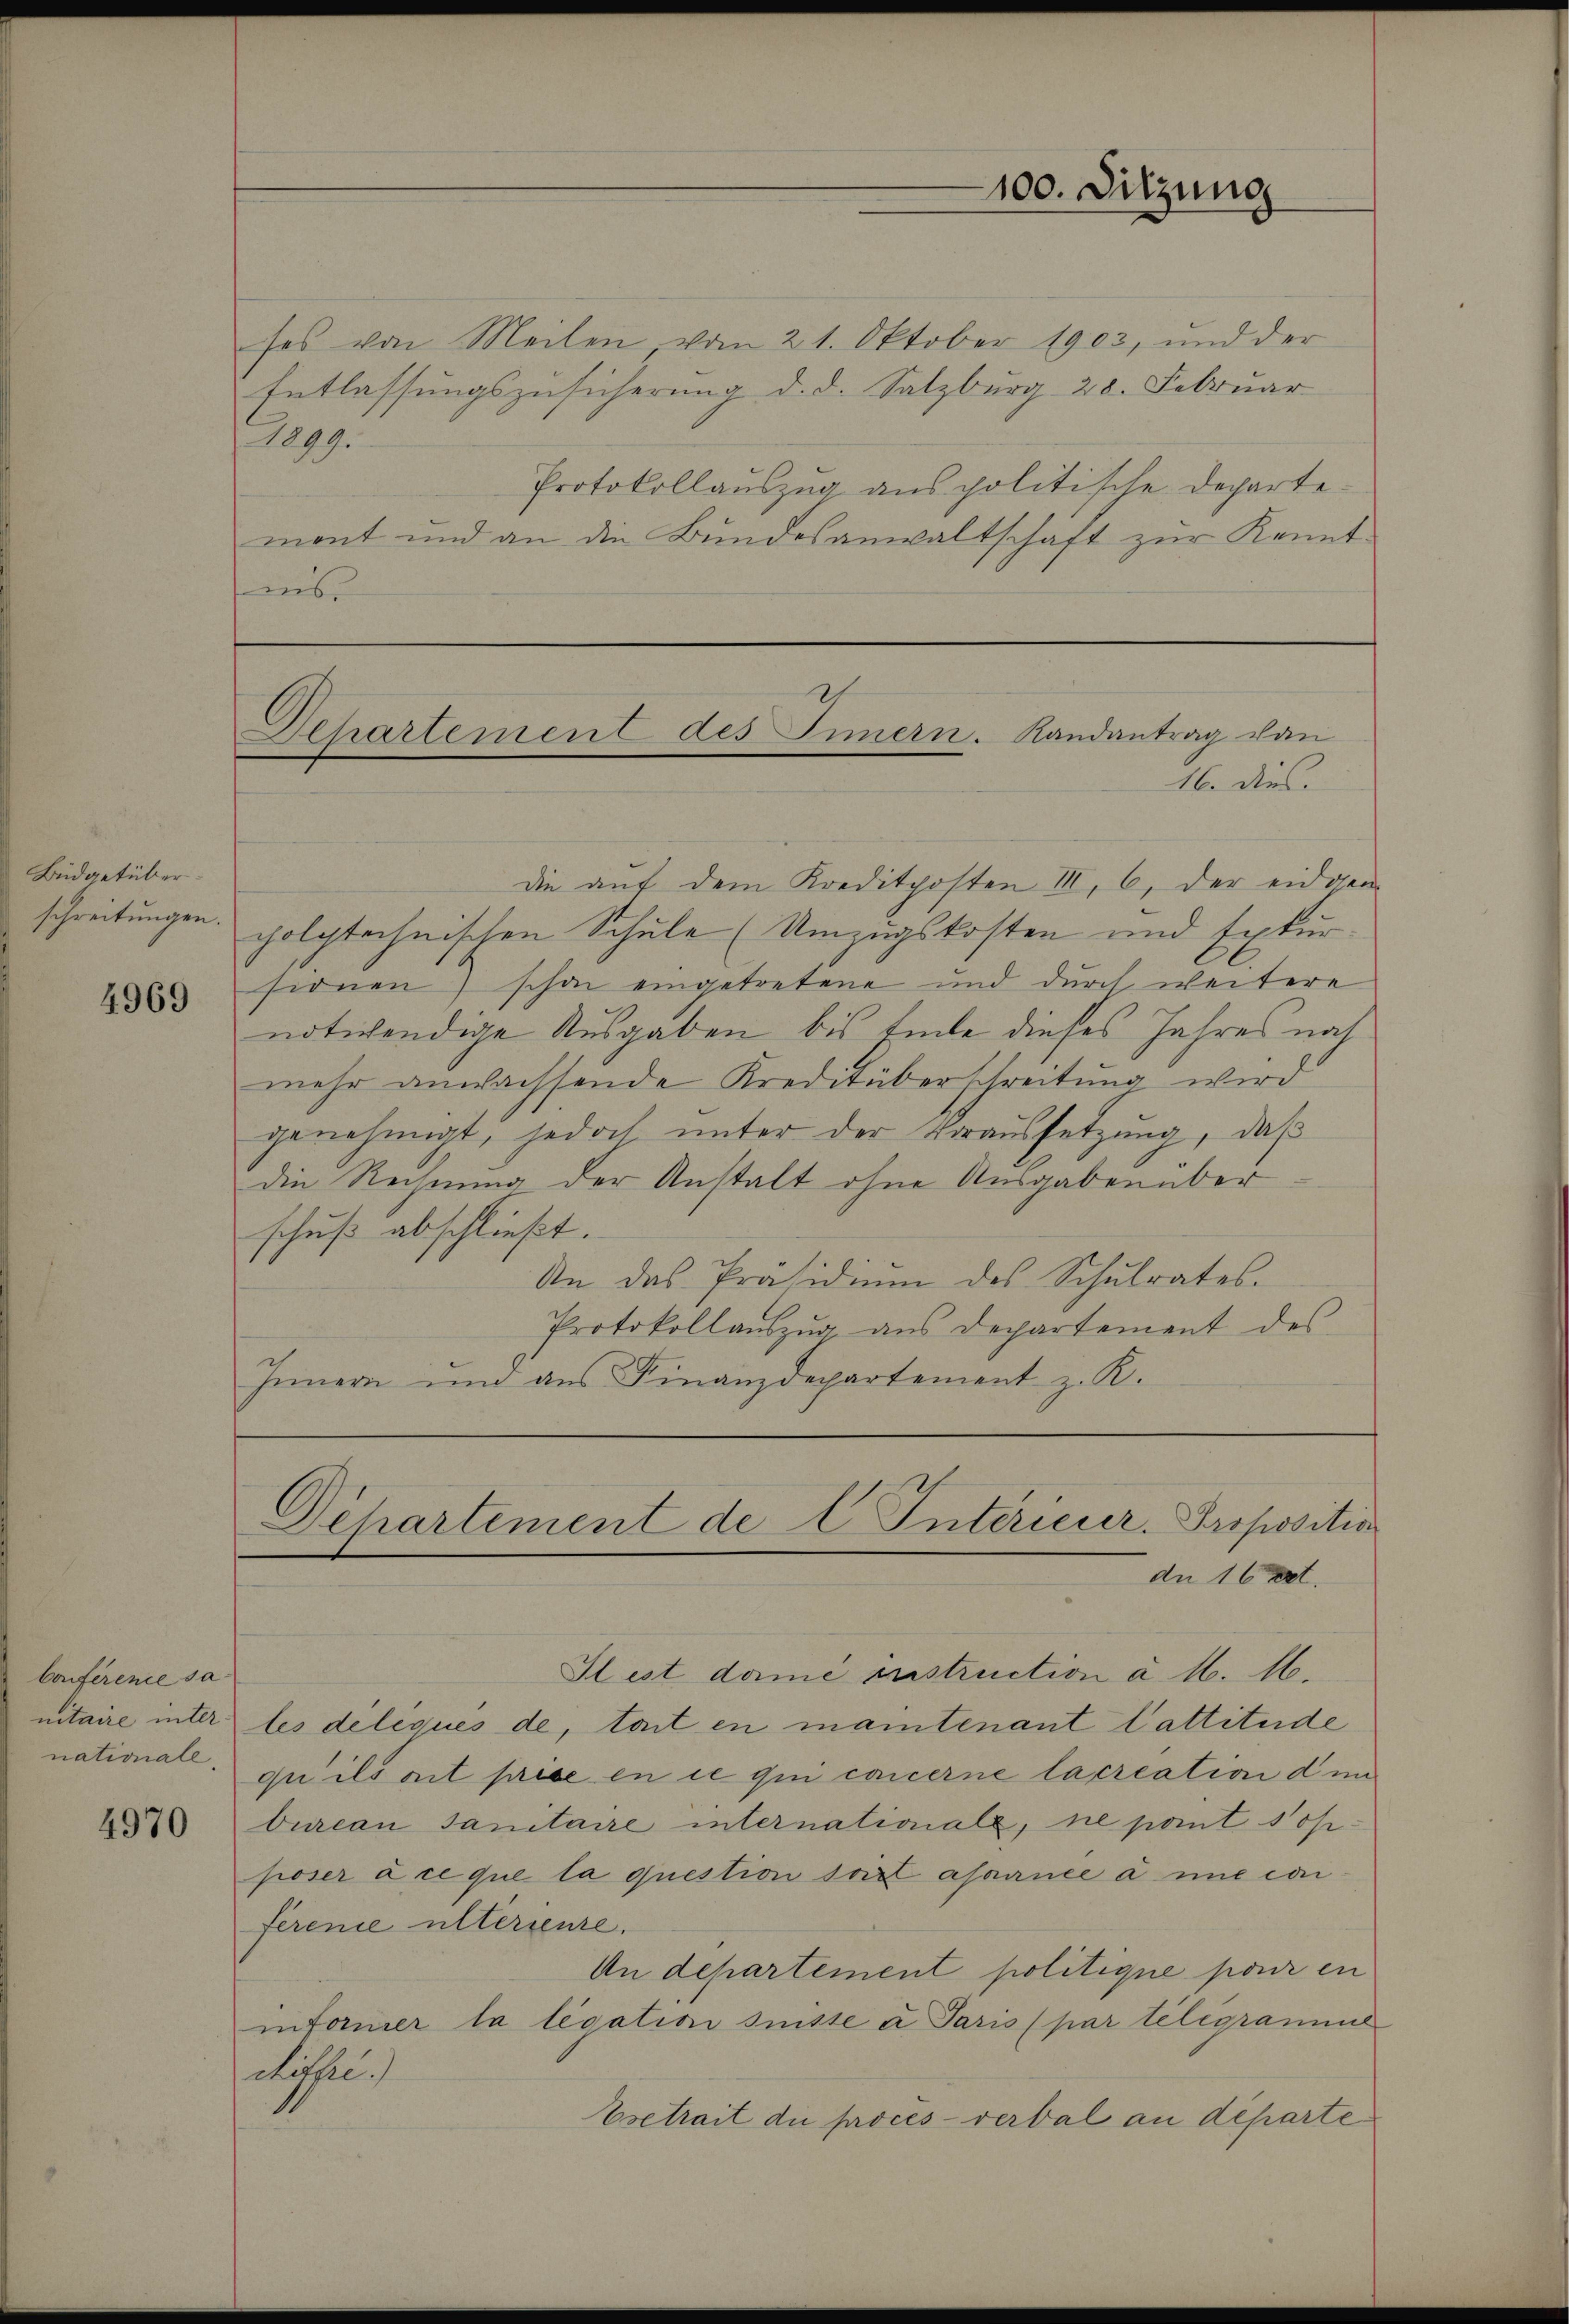
Büdgetüber
schreitungen.

4969

bonférence sa
nitaire inter¬

4970

1899.

ses von Meilen, vom 21. Oktober 1903, und der
Entlassungszusicherung d. d. Salzburg 28. Februar
Protokollauszug aus politische Departemont und an die Bundesanwaltschaft zŭr Kennt-
is

Departement des Innern. Randantrag von
16. dies

die auf dem Kreditposten III, 6, der eidgen
polytechnischen Schule (Umzugskosten und Exkursionen) schon eingetretene und durch weitere
notwendige Ausgaben bis Einte dieses Jahres noch
mehr anwachsende Kreditüberschreitung wird
genehmigt, jedoch unter der Voraussetzung, daß
die Rechnung der Anstalt ohne Ausgaben über
schuß abschließt.
An das Präsidiŭm des Schŭlrates.
Protokollaŭszŭg ans Departement des
Innern und aus Finanzdepartement z. R.

100. Sitzung

Dchartement de l Intericier. Propositio
dn 16 tet.

Hlest dame instruction à M. M.
les deliqués de toit en mantenant Cattitude
nationale qu’ils ait prise en ce qui concerne lacreation den
burcan Janitaire internationale, ne pant Sop
poser à ce que la question seist asainée à une conferenie ulterienze.
An departement politique pour en
informer la legation suisse a Paris (par telegramme
diffe.
Evetrait die procès-verbal an departe¬